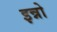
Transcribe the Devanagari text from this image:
इन्नो